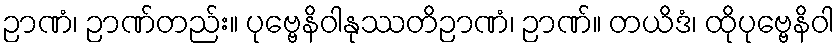
ဉာဏံ၊ ဉာဏ်တည်း။ ပုဗ္ဗေနိဝါနုဿတိဉာဏံ၊ ဉာဏ်။ တယိဒံ၊ ထိုပုဗ္ဗေနိဝါ